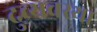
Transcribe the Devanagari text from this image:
दुव्र्यवस्था